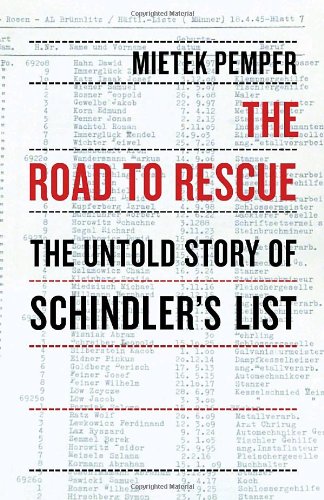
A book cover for The Road to Rescue: The Untold Story of Schindler's List; Mietek Pemper; Biographies & Memoirs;